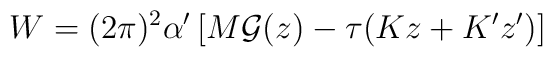
W= (2\pi)^2\alpha'\left[M{\cal G}(z) - \tau(K z + K' z') \right]